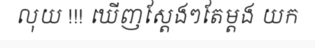
លុយ !!! ឃើញស្តែងៗតែម្តង យក